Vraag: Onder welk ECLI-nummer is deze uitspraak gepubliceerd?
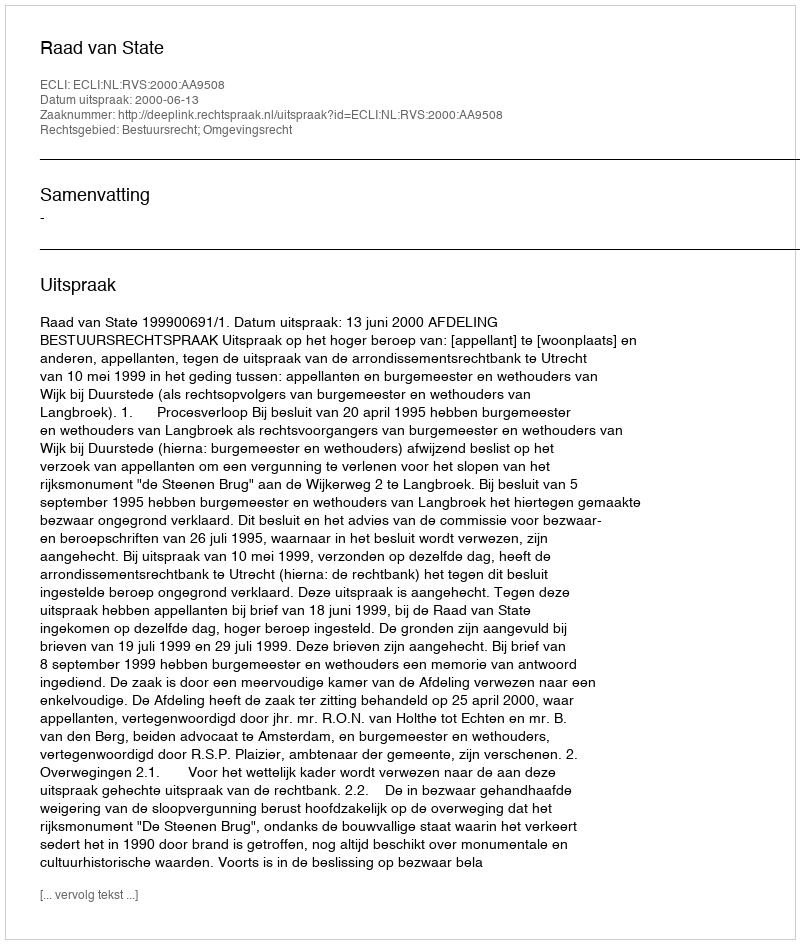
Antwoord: ECLI:NL:RVS:2000:AA9508